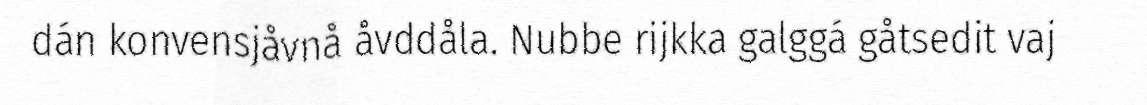
dán konvensjåvnå åvddåla. Nubbe rijkka galggá gåtsedit vaj